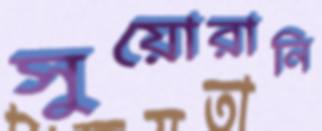
সুয়োরানি